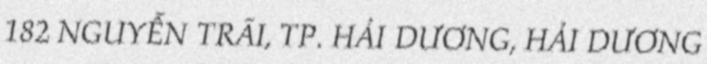
182 NGUYỄN TRÃI, TP. HẢI DƯƠNG, HẢI DƯƠNG